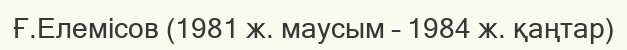
Ғ.Елемісов (1981 ж. маусым – 1984 ж. қаңтар)